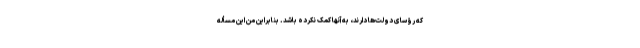
که رؤسای دولت‌ها دارند، به آنها کمک نکرده باشد. بنابراین من این مسأله